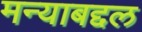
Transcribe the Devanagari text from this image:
मन्याबद्दल